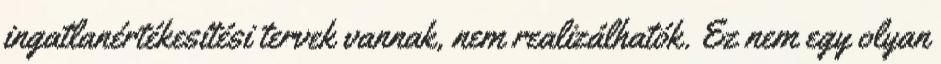
ingatlanértékesítési tervek vannak, nem realizálhatók. Ez nem egy olyan